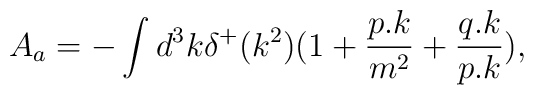
A_a=-\int d^3k\delta ^+(k^2)(1+{p.k\over m^2}+{q.k\over p.k}),